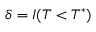
\delta = I ( T < T ^ { * } )